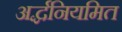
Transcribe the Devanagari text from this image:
अर्द्धनियमित